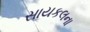
સાયકલના